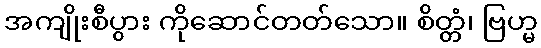
အကျိုးစီပွား ကိုဆောင်တတ်သော။ စိတ္တံ၊ ဗြဟ္မ